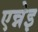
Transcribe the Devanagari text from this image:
एन्नेइ